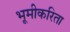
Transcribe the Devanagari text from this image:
भूमीकरिता